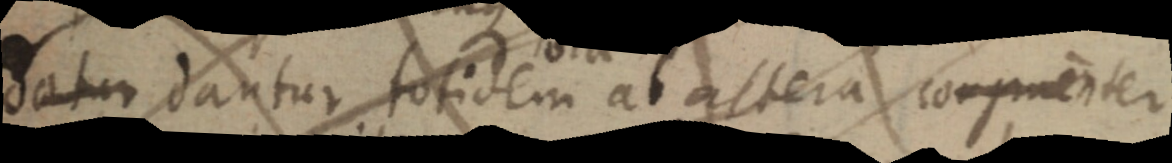
datur dantur totidem ab altera congruenter